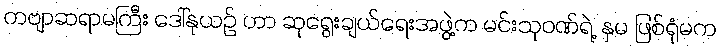
ကဗျာဆရာမကြီး ဒေါ်နုယဉ် ဟာ ဆုရွေးချယ်ရေးအဖွဲ့က မင်းသုဝဏ်ရဲ့ နှမ ဖြစ်ရုံမက